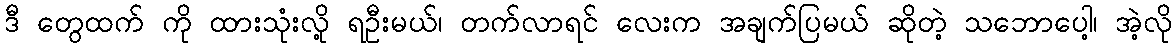
ဒီ တွေထက် ကို ထားသုံးလို့ ရဦးမယ်၊ တက်လာရင် လေးက အချက်ပြမယ် ဆိုတဲ့ သဘောပေါ့၊ အဲ့လို